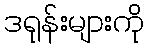
ဒရုန်းများကို